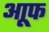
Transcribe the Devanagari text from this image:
आूफ